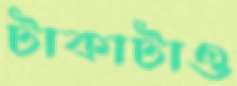
টাকাটাও